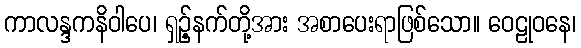
ကာလန္ဒကနိဝါပေ၊ ရှဉ့်နက်တို့အား အစာပေးရာဖြစ်သော။ ဝေဠုဝနေ၊